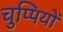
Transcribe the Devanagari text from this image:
चुप्पियों